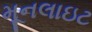
મૂનલાઇટ